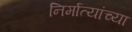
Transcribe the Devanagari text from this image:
निर्मात्यांच्या